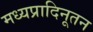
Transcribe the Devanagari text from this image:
मध्यप्रादिनूतन